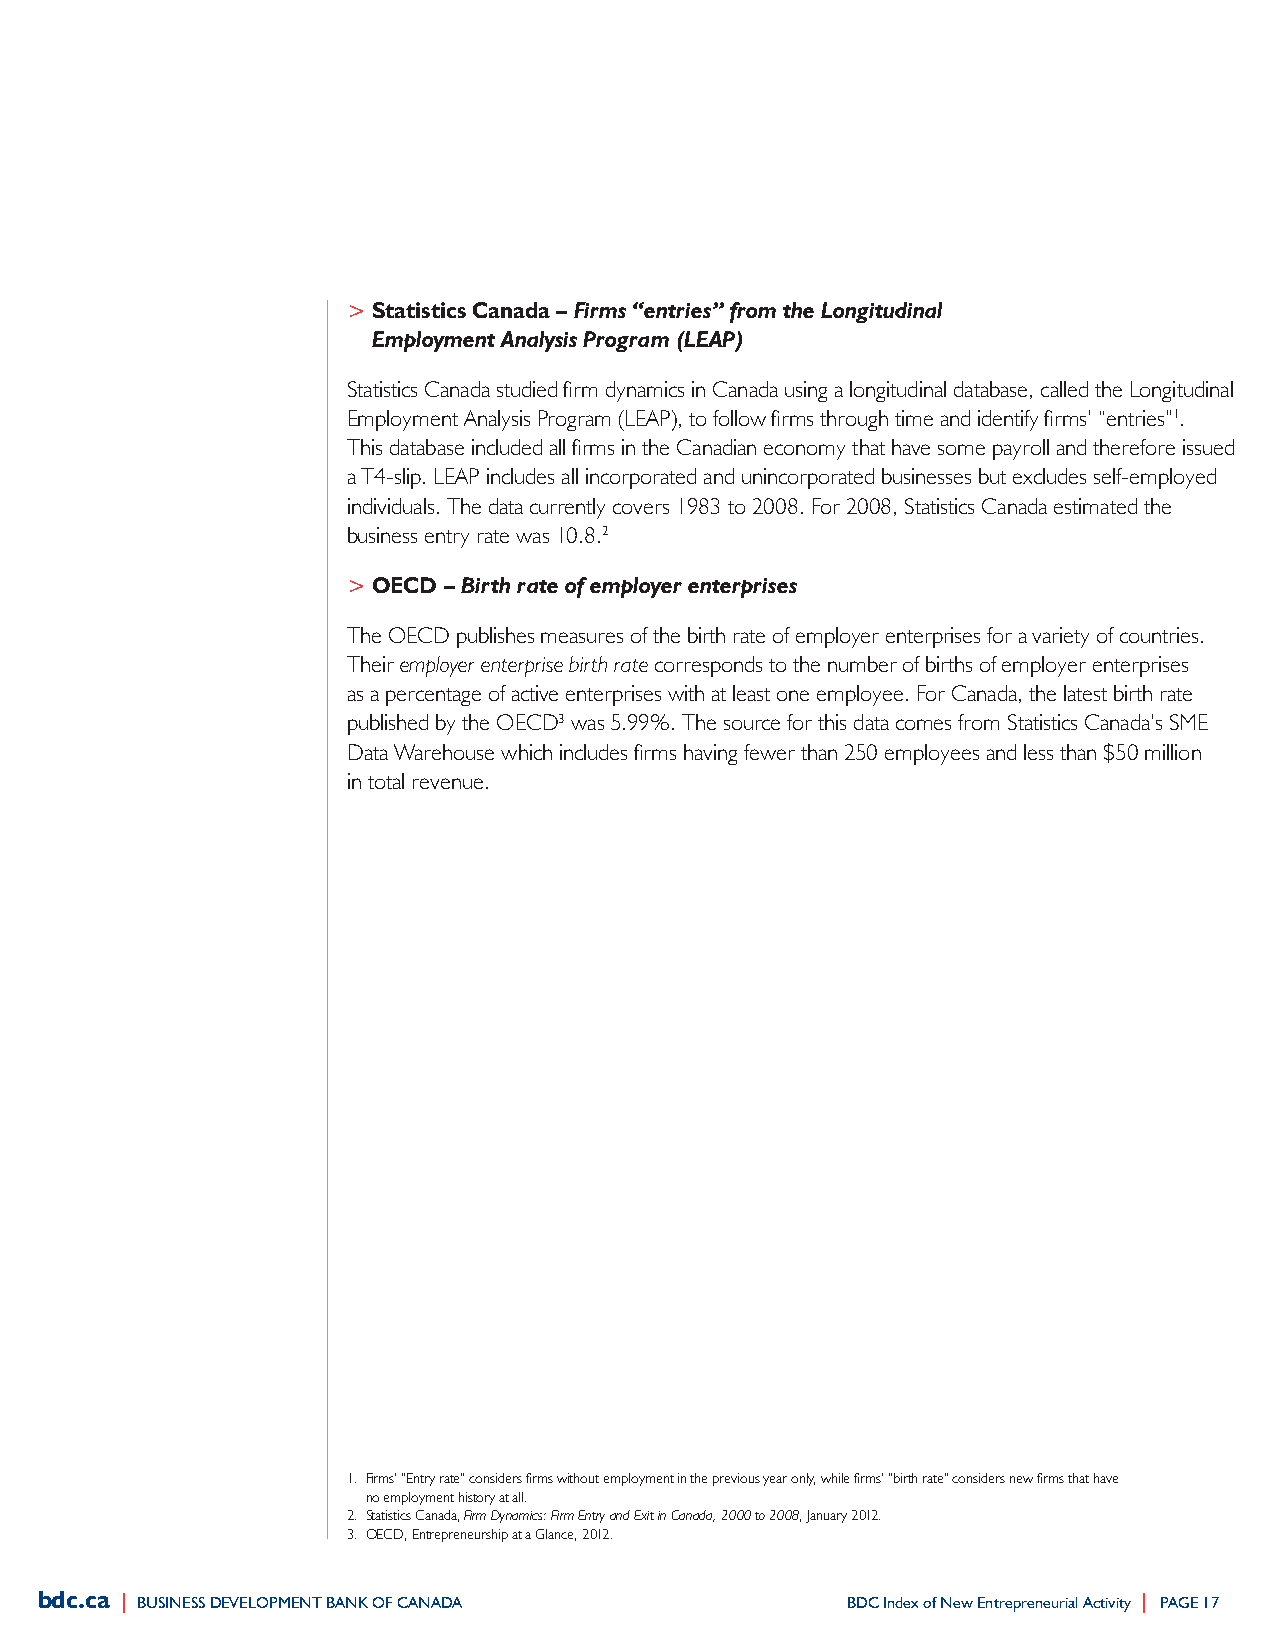
> Statistics Canada – Firms “entries” from the Longitudinal
 Employment Analysis Program (LEAP)
 Statistics Canada studied firm dynamics in Canada using a longitudinal database, called the Longitudinal
 Employment Analysis Program (LEAP), to follow firms through time and identify firms’ “entries”1.
 This database included all firms in the Canadian economy that have some payroll and therefore issued
 a T4-slip. LEAP includes all incorporated and unincorporated businesses but excludes self-employed
 individuals. The data currently covers 1983 to 2008. For 2008, Statistics Canada estimated the
 business entry rate was 10.8.2
 > OECD – Birth rate of employer enterprises
 The OECD publishes measures of the birth rate of employer enterprises for a variety of countries.
 Their employer enterprise birth rate corresponds to the number of births of employer enterprises
 as a percentage of active enterprises with at least one employee. For Canada, the latest birth rate
 published by the OECD3 was 5.99%. The source for this data comes from Statistics Canada’s SmE
 Data Warehouse which includes firms having fewer than 250 employees and less than $50 million
 in total revenue.
 1. Firms’ “Entry rate” considers firms without employment in the previous year only, while firms’ “birth rate” considers new firms that have
 no employment history at all.
 2. Statistics Canada, Firm Dynamics: Firm Entry and Exit in Canada, 2000 to 2008, January 2012.
 3. OECD, Entrepreneurship at a Glance, 2012.
 bdc.ca | BuSIneSS DevelopMent BanK of CanaDa          BDC Index of new entrepreneurial activity | paGe 17